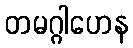
တမဂ္ဂါဟေန